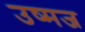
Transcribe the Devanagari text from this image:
उष्मज